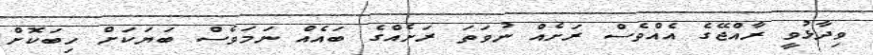
ވިދާޅުވީ ރާއްޖޭގެ އެއްވެސް ރަށެއް ނުވަތަ ރަށެއްގެ ބައެއް ނަމަވެސް ބަޔަކަށް ހިބަކޮށް